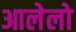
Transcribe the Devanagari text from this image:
आलेलो